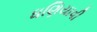
ધણિયાવી